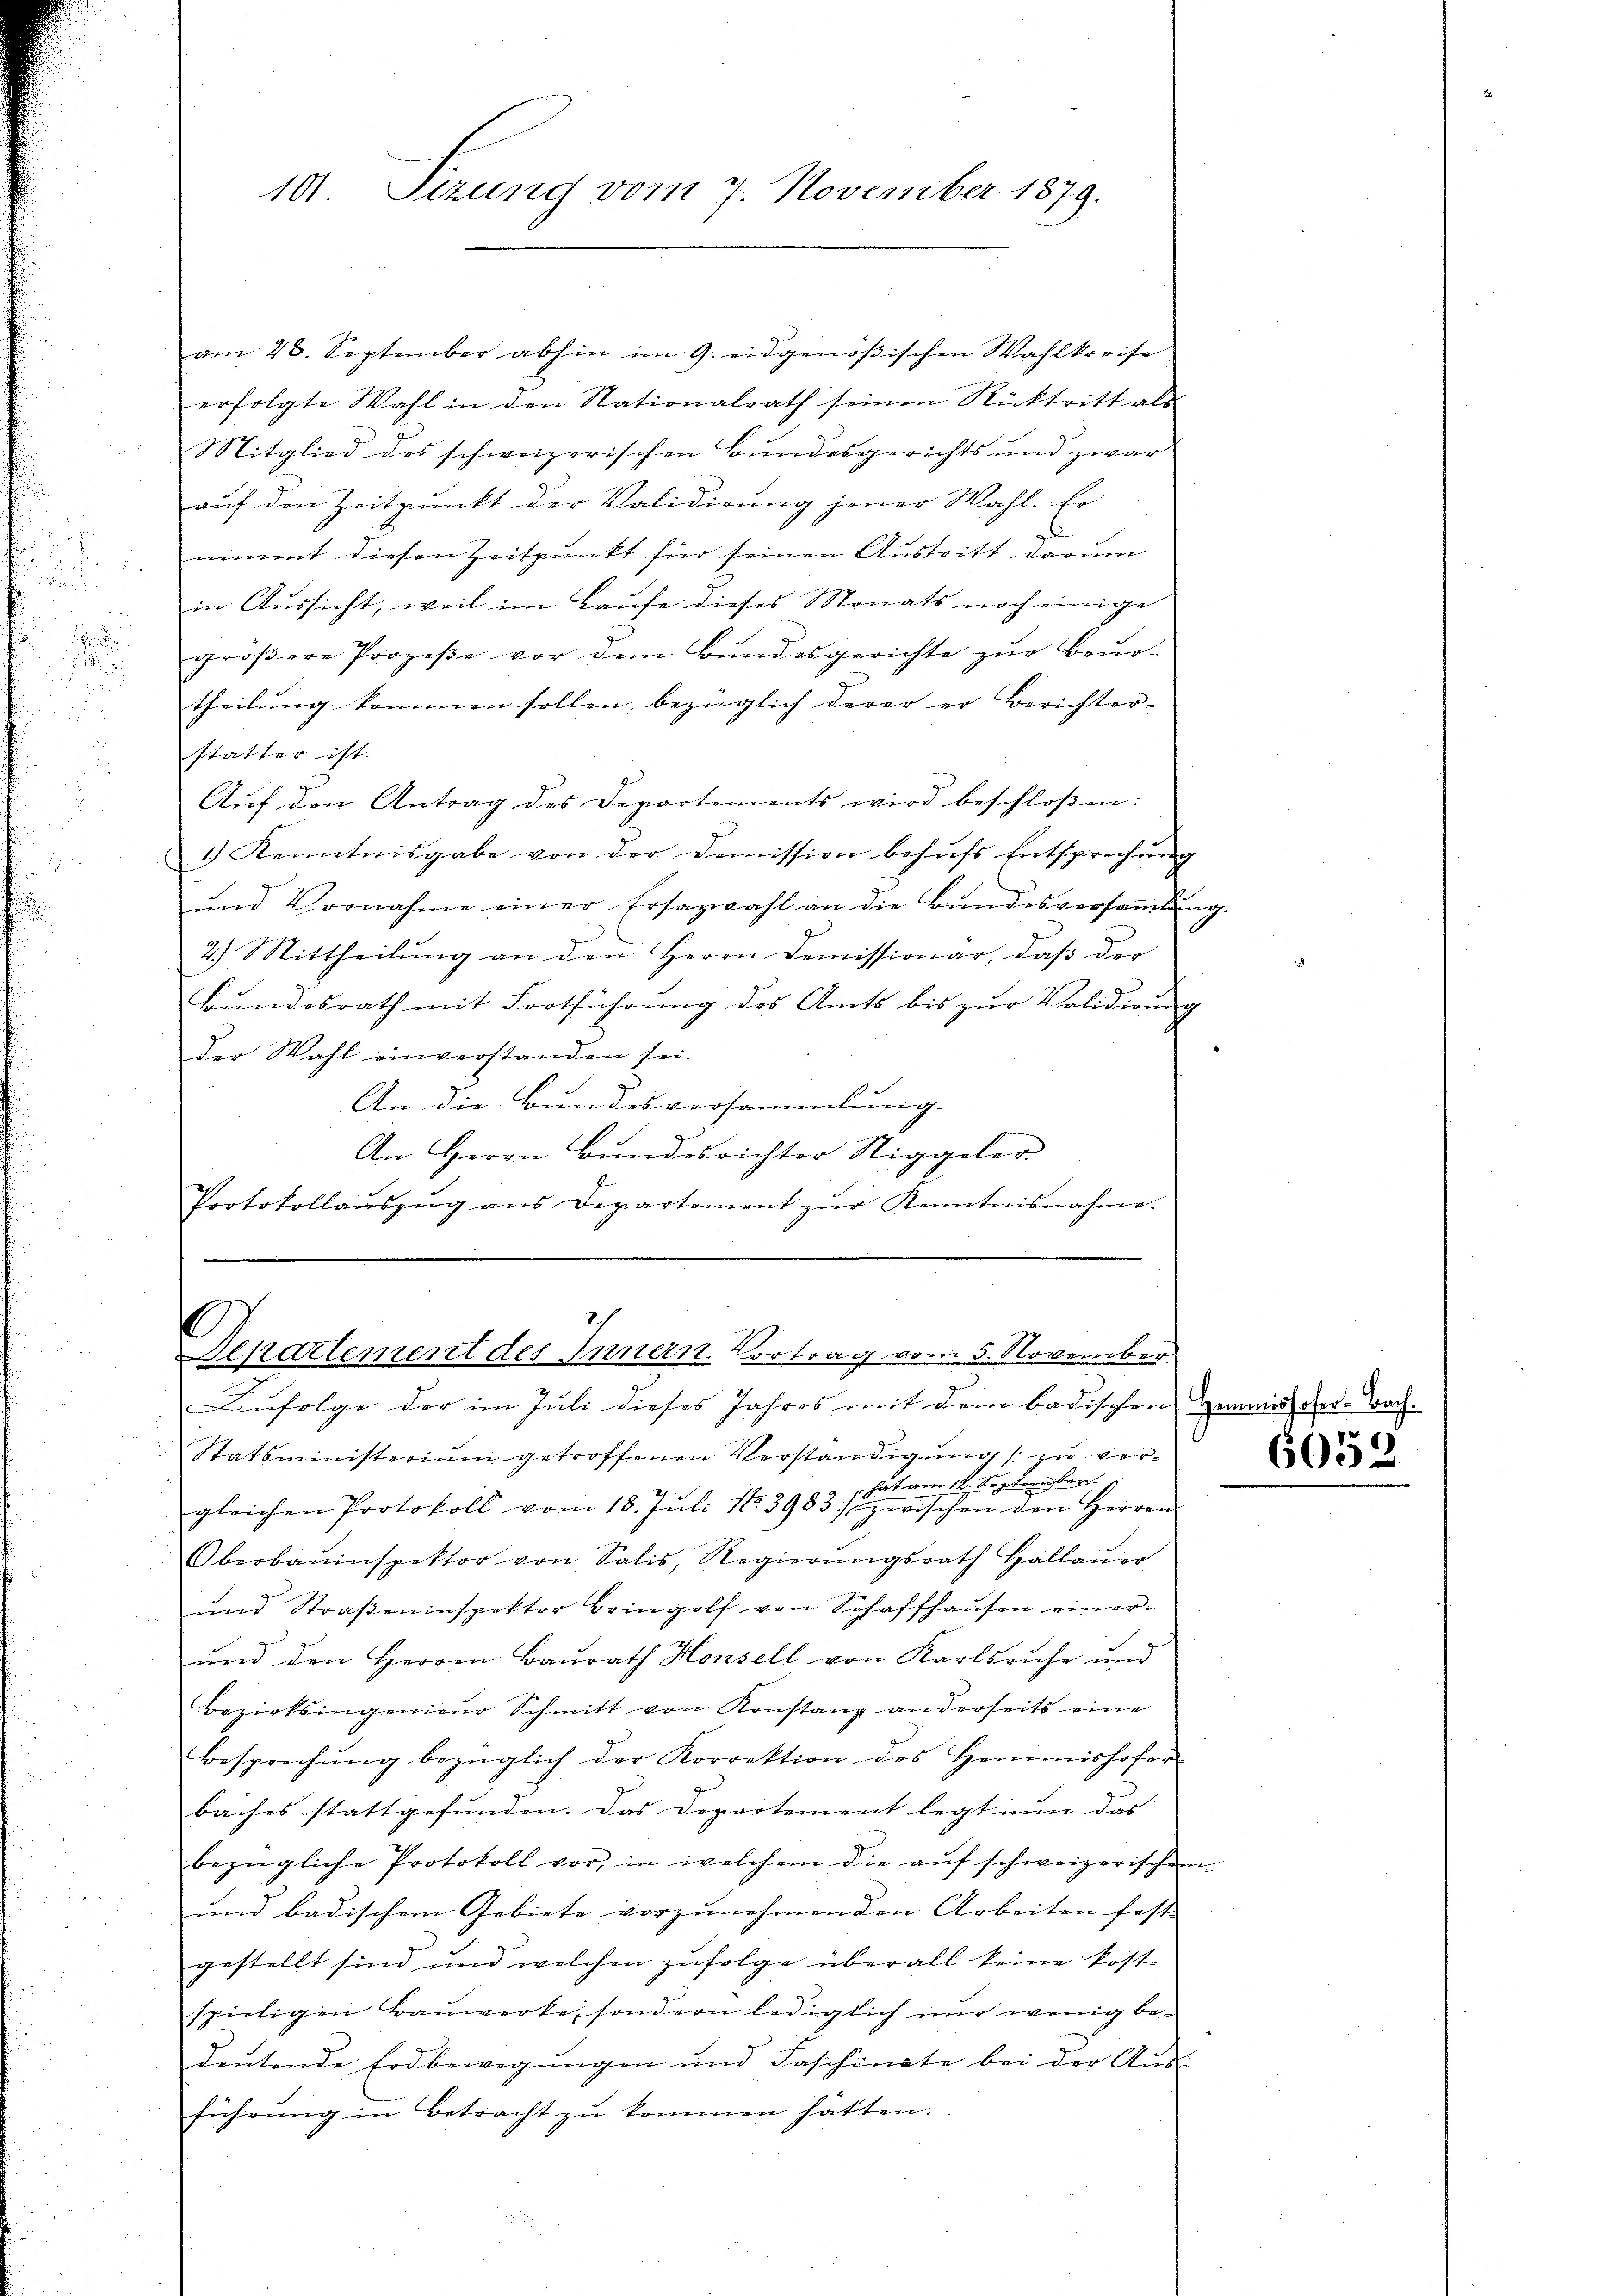
.
.

am 28. September abhin im 9. eidgenößischen Wahlkreise
erfolgte Wahl in den Stationalrath seinen Rücktritt als
Mitglied des schweizerischen Bundesgerichts und zwar
auf den Zeitpunkt der Validirung jener Wahl. Er
nimmt diesen Zeitpunkt für seinen Austritt darum
in Aussicht, weil im Laufe dieses Monats noch einige
gröβere Prozeβe vor dem Bundesgerichte zŭr Beur-
theilung kommen sollen, bezüglich derer er Berichter-
statter ist. |
Aŭf den Antrag des Departements wird beschloßen:
1.) Kenntnisgabe von der Demission behufs Entsprechung
und Vornahme einer Ersazwahl an die Bŭndesversaṁlŭng.
2.) Mittheilŭng an den Herrn Domissionar, daβ der
Bundesrath mit Fortführung des Amts bis zur Volidirung
der Wahl einverstanden sei.
An die Bundesversammlung.
An Herrn Bŭndesrichter Stiggeler.
Protokollaŭszŭg ans Departement zŭr Kenntnisnahme.

101. Sizung vom 7. November 1879.

s
Departement des Innern. Vortrag vom 5. November.
Aŭfolge der im Juli dieses Jahres mit dem badischen gemains der-Bach-

Statsministerium getroffenen Verständigung / zu ver¬
 hat am 12. September
gleichen Protokoll vom 18. Juli 13983 zwischen den Herren
Oberbauinspektor von Salis, Regierŭngsrath Hallaŭer
ŭnd Straβeninspektor bringolf von Schaffhaŭsen einer-
und den Herren Baŭrath Housell von Karlsruhe und
Bezirksingenieŭr Schmitt von Konstanz anderseits eine
Besprechŭng bezüglich der Korrektion des Hemmishofer
baches stattgefunden. Das Departement legt nun das |
bezügliche Protokoll vor, in welchem die auf schweizerischen
und badischem Gebiete vorzunehmenden Arbeiten fest- |
gestellt sind und welchen zufolge überall keine kost-
spieligen Bauwerke, sondern lediglich nur wenig bedeŭtende Erdbewegŭngen und Faschinate bei der Aŭs-
führung in Betracht zu kommen hätten.

6052